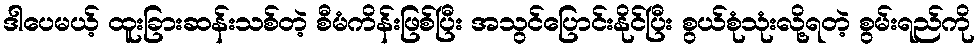
ဒါပေမယ့် ထူးခြားဆန်းသစ်တဲ့ စီမံကိန်းဖြစ်ပြီး အသွင်ပြောင်းနိုင်ပြီး စွယ်စုံသုံးလို့ရတဲ့ စွမ်းရည်ကို